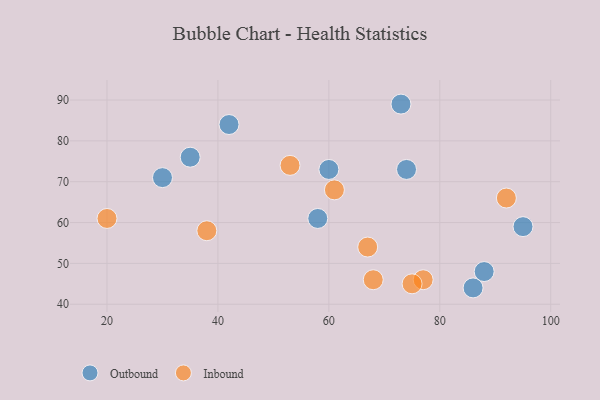
{"axis": {"x": "GDP", "y": "Life Expectancy"}, "legend": ["Inbound", "Outbound"], "data": [{"x": "74", "y": 73, "type": "Outbound"}, {"x": "30", "y": 71, "type": "Outbound"}, {"x": "35", "y": 76, "type": "Outbound"}, {"x": "58", "y": 61, "type": "Outbound"}, {"x": "60", "y": 73, "type": "Outbound"}, {"x": "95", "y": 59, "type": "Outbound"}, {"x": "86", "y": 44, "type": "Outbound"}, {"x": "88", "y": 48, "type": "Outbound"}, {"x": "42", "y": 84, "type": "Outbound"}, {"x": "73", "y": 89, "type": "Outbound"}, {"x": "53", "y": 74, "type": "Inbound"}, {"x": "92", "y": 66, "type": "Inbound"}, {"x": "61", "y": 68, "type": "Inbound"}, {"x": "38", "y": 58, "type": "Inbound"}, {"x": "77", "y": 46, "type": "Inbound"}, {"x": "68", "y": 46, "type": "Inbound"}, {"x": "20", "y": 61, "type": "Inbound"}, {"x": "75", "y": 45, "type": "Inbound"}, {"x": "67", "y": 54, "type": "Inbound"}]}